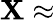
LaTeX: \boldsymbol{\mathbf{X}}\approx